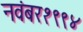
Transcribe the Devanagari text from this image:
नवंबर१९९४